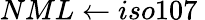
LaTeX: NML\leftarrow iso107\